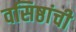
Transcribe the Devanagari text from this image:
वसिष्ठांची